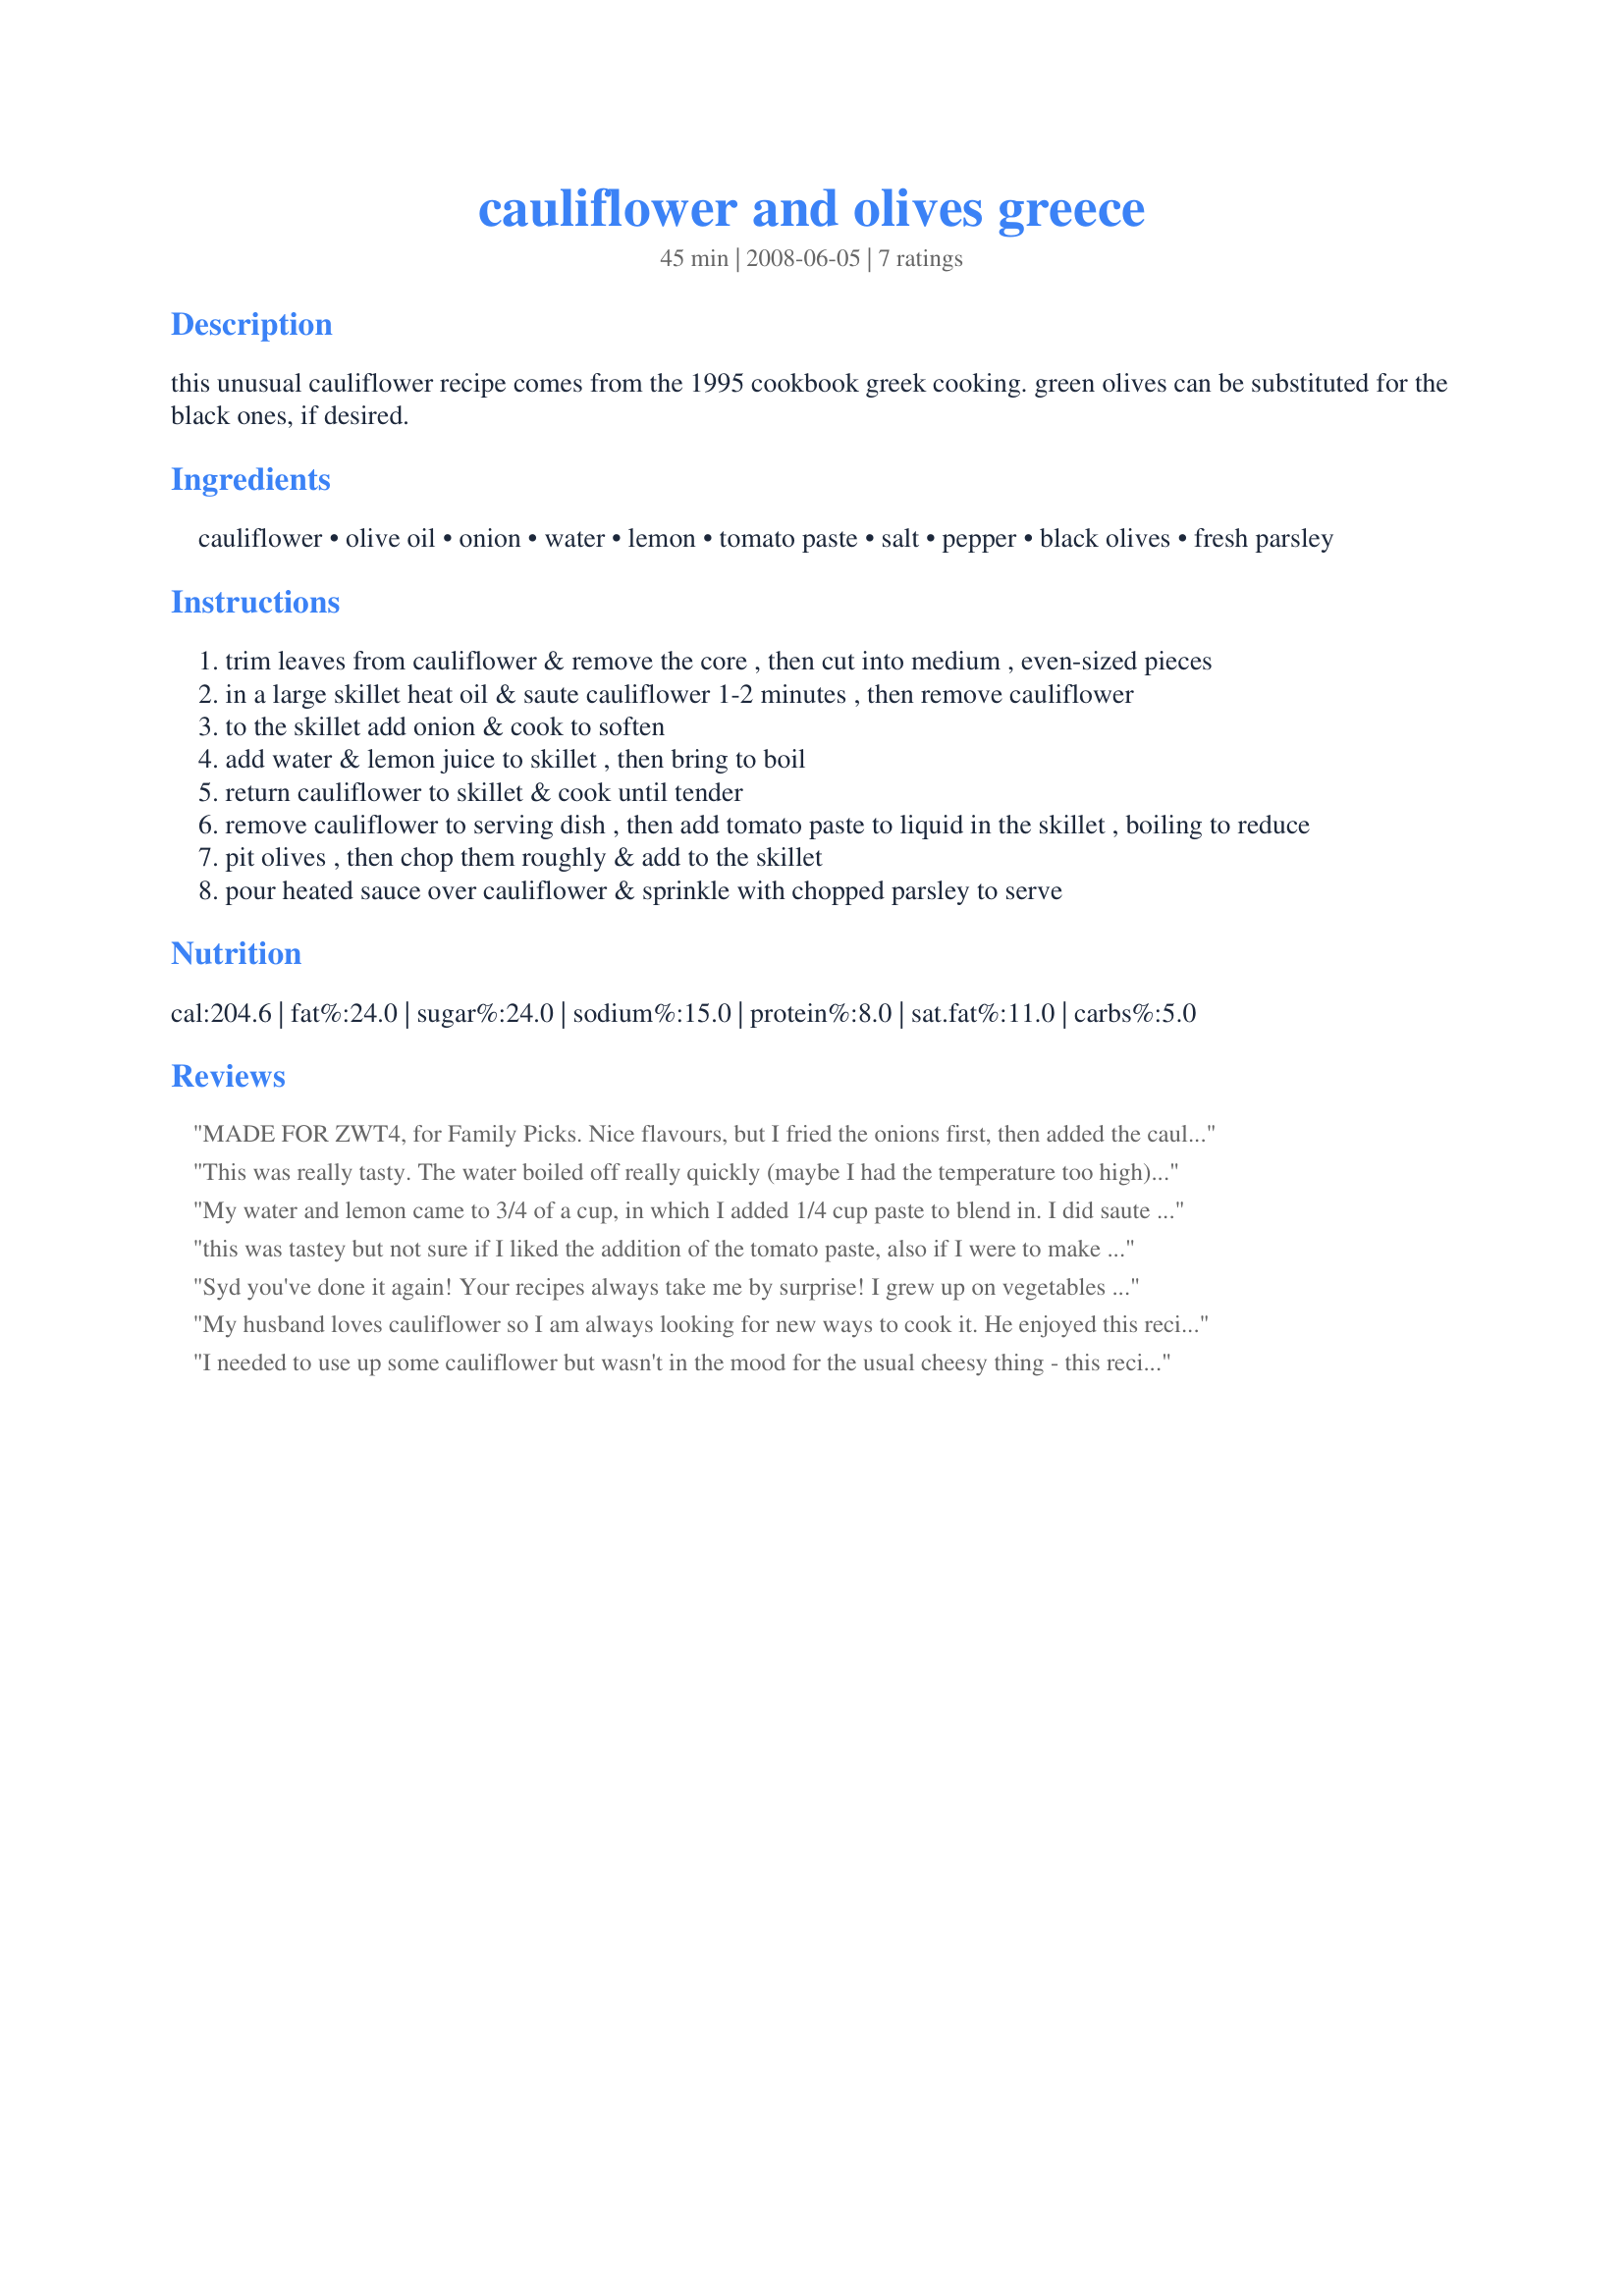
cauliflower and olives greece
Preparation time: 45 minutes

this unusual cauliflower recipe comes from the 1995 cookbook greek cooking. green olives can be substituted for the black ones, if desired.

Ingredients:
cauliflower, olive oil, onion, water, lemon, tomato paste, salt, pepper, black olives, fresh parsley

Steps:
trim leaves from cauliflower & remove the core , then cut into medium , even-sized pieces
in a large skillet heat oil & saute cauliflower 1-2 minutes , then remove cauliflower
to the skillet add onion & cook to soften
add water & lemon juice to skillet , then bring to boil
return cauliflower to skillet & cook until tender
remove cauliflower to serving dish , then add tomato paste to liquid in the skillet , boiling to reduce
pit olives , then chop them roughly & add to the skillet
pour heated sauce over cauliflower & sprinkle with chopped parsley to serve

Reviews:
MADE FOR ZWT4, for Family Picks. Nice flavours, but I fried the onions first, then added the cauliflower, which was quicker. I found the sauce too acidic to our tastes, and added a little sugar to "soften" it while it boiled. All in all, a simple, nice change from cheese sauce! Thanks!
This was really tasty. The water boiled off really quickly (maybe I had the temperature too high) so the cauliflower was dry before I added the tomato paste. I didn't use any oil though, due to personal preference. I just added the tomato straight to the cauliflower and it turned out fine. Thanks!
My water and lemon came to 3/4 of a cup, in which I added 1/4 cup paste to blend in. I did saute the onions and cauliflower together, never removing the cauliflower, added the water paste mixture and cooked till tender in a covered pot. 1 onion was perfect, I did half then slice into half moons. Using 2 teaspoons dried parsley. I did skip the salt no need with the olives. Did add garlic! Simmered with a lid on for 30 minutes till perfect crunch and tenderness. Thanks for the healthy yummy goodness.
this was tastey but not sure if I liked the addition of the tomato paste, also if I were to make again I would use chicken broth in place of water, I used kalamata olives which worked fine and also added in 1 tablespoon fresh minced garlic to the onion, thanks for posting Syd!
Syd you've done it again! Your recipes always take me by surprise! I grew up on vegetables either dripping with butter or drowned in a cream sauce (old German tradition my mom grew up with!). So this was lovely! I used some tomato sauce (not paste) cuz I had some open in the fridge...otherwise everything as writtern. *ZWT4 Greece*
My husband loves cauliflower so I am always looking for new ways to cook it. He enjoyed this recipe but he said that there was too much onion and he loves onions. Next time I make it I will only use half an onion. Thanks Sydney Mike...
I needed to use up some cauliflower but wasn't in the mood for the usual cheesy thing - this recipe was just the ticket. I used green olives and pureed tinned tomato as it was what I had on hand. Very tasty.
